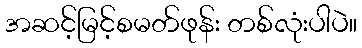
အဆင့်မြင့်စမတ်ဖုန်း တစ်လုံးပါပဲ။